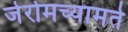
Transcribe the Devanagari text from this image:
जेरोमच्यामते